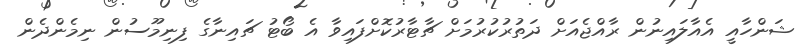
ޝަންހާއީ އެއާލައިނުން ރާއްޖެއަށް ދަތުރުކުރުމަށް ޗާޓާރުކޮށްފައިވާ އެ ބޯޓު ޗައިނާގެ ފިނިމޫސުން ނިމެންދެން